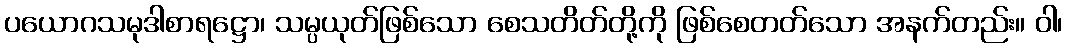
ပယောဂသမုဒါစာရဋ္ဌော၊ သမ္ပယုတ်ဖြစ်သော စေသတိတ်တို့ကို ဖြစ်စေတတ်သော အနက်တည်း။ ဝါ၊